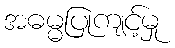
အဓမ္မပြုကျင့်မှု